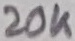
Text: 20K